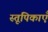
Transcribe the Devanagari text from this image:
स्तूपिकाएँ